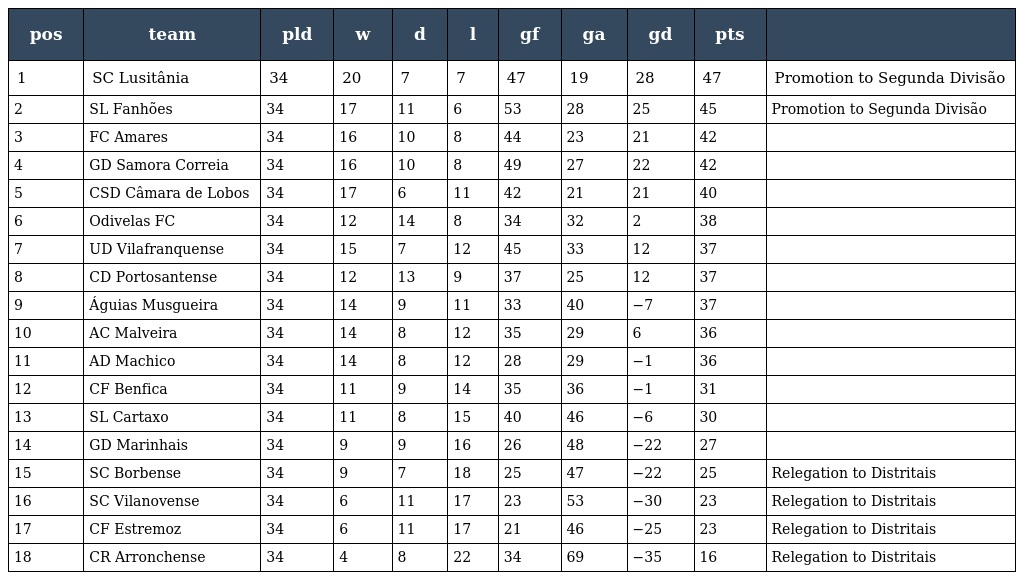
| pos | team | pld | w | d | l | gf | ga | gd | pts |  |
 | --- | --- | --- | --- | --- | --- | --- | --- | --- | --- | --- |
 | 1 | SC Lusitânia | 34 | 20 | 7 | 7 | 47 | 19 | 28 | 47 | Promotion to Segunda Divisão |
 | 2 | SL Fanhões | 34 | 17 | 11 | 6 | 53 | 28 | 25 | 45 | Promotion to Segunda Divisão |
 | 3 | FC Amares | 34 | 16 | 10 | 8 | 44 | 23 | 21 | 42 |  |
 | 4 | GD Samora Correia | 34 | 16 | 10 | 8 | 49 | 27 | 22 | 42 |  |
 | 5 | CSD Câmara de Lobos | 34 | 17 | 6 | 11 | 42 | 21 | 21 | 40 |  |
 | 6 | Odivelas FC | 34 | 12 | 14 | 8 | 34 | 32 | 2 | 38 |  |
 | 7 | UD Vilafranquense | 34 | 15 | 7 | 12 | 45 | 33 | 12 | 37 |  |
 | 8 | CD Portosantense | 34 | 12 | 13 | 9 | 37 | 25 | 12 | 37 |  |
 | 9 | Águias Musgueira | 34 | 14 | 9 | 11 | 33 | 40 | −7 | 37 |  |
 | 10 | AC Malveira | 34 | 14 | 8 | 12 | 35 | 29 | 6 | 36 |  |
 | 11 | AD Machico | 34 | 14 | 8 | 12 | 28 | 29 | −1 | 36 |  |
 | 12 | CF Benfica | 34 | 11 | 9 | 14 | 35 | 36 | −1 | 31 |  |
 | 13 | SL Cartaxo | 34 | 11 | 8 | 15 | 40 | 46 | −6 | 30 |  |
 | 14 | GD Marinhais | 34 | 9 | 9 | 16 | 26 | 48 | −22 | 27 |  |
 | 15 | SC Borbense | 34 | 9 | 7 | 18 | 25 | 47 | −22 | 25 | Relegation to Distritais |
 | 16 | SC Vilanovense | 34 | 6 | 11 | 17 | 23 | 53 | −30 | 23 | Relegation to Distritais |
 | 17 | CF Estremoz | 34 | 6 | 11 | 17 | 21 | 46 | −25 | 23 | Relegation to Distritais |
 | 18 | CR Arronchense | 34 | 4 | 8 | 22 | 34 | 69 | −35 | 16 | Relegation to Distritais |